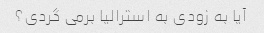
آیا به زودی به استرالیا برمی گردی؟